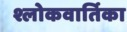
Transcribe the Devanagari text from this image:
श्लोकवार्तिका